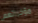
مؤخراتهم